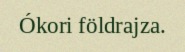
Ókori földrajza.